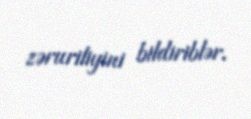
zəruriliyini bildiriblər.